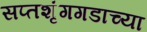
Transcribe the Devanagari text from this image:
सप्तशृंगगडाच्या